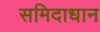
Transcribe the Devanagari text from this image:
समिदाधान